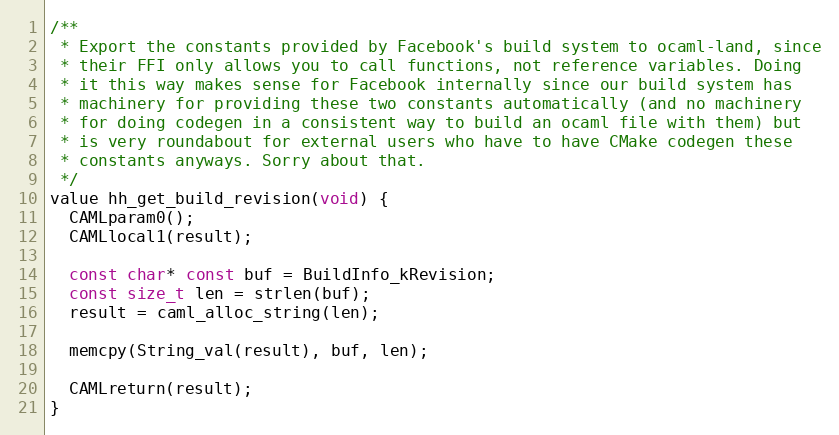
Language: C
/**
 * Export the constants provided by Facebook's build system to ocaml-land, since
 * their FFI only allows you to call functions, not reference variables. Doing
 * it this way makes sense for Facebook internally since our build system has
 * machinery for providing these two constants automatically (and no machinery
 * for doing codegen in a consistent way to build an ocaml file with them) but
 * is very roundabout for external users who have to have CMake codegen these
 * constants anyways. Sorry about that.
 */
value hh_get_build_revision(void) {
  CAMLparam0();
  CAMLlocal1(result);

  const char* const buf = BuildInfo_kRevision;
  const size_t len = strlen(buf);
  result = caml_alloc_string(len);

  memcpy(String_val(result), buf, len);

  CAMLreturn(result);
}